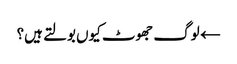
← لوگ جھوٹ کیوں بولتے ہیں؟